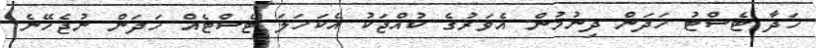
ހަދާ ޓެސްޓު ހަދަން ދިނުމުން އެވަރުގެ ކުއްޖަކު އެކަހަލަ ޓެސްޓެއް ހަދަން ނުޖެހޭނެ